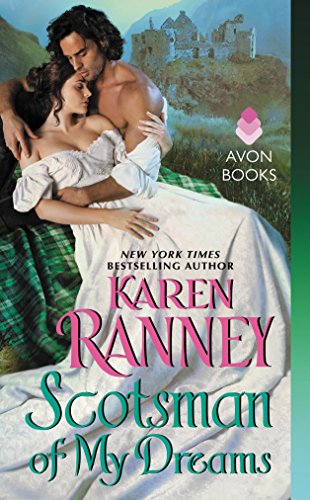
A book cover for Scotsman of My Dreams; Karen Ranney; Romance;